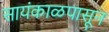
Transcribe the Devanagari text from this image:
सायंकाळपासून